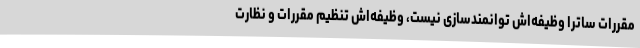
مقررات‌ ساترا وظیفه‌اش توانمندسازی نیست، وظیفه‌اش تنظیم مقررات و نظارت